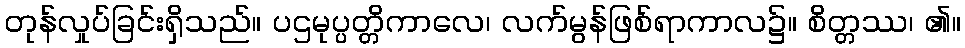
တုန်လှုပ်ခြင်းရှိသည်။ ပဌမုပ္ပတ္တိကာလေ၊ လက်မွန်ဖြစ်ရာကာလ၌။ စိတ္တဿ၊ ၏။